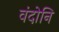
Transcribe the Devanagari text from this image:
वंदोनि